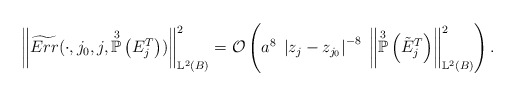
\begin{align*}\left\Vert \widetilde{Err}(\cdot ,j_{0},j,\overset{3}{\mathbb{P}}\left(E_{j}^{T}\right)) \right\Vert^{2}_{\mathbb{L}^{2}(B)} = \mathcal{O}\left( a^{8} \; \left\vert z_{j} - z_{j_{0}} \right\vert^{-8} \; \left\Vert \overset{3}{\mathbb{P}}\left(\tilde{E}_{j}^{T} \right) \right\Vert^{2}_{\mathbb{L}^{2}(B)} \right).\end{align*}